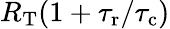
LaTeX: R_{\mathrm{T}}(1+{\tau_{\mathrm{r}}}/{\tau_{\mathrm{c}}})